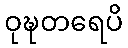
ဝုဍ္ဎတရေပိ